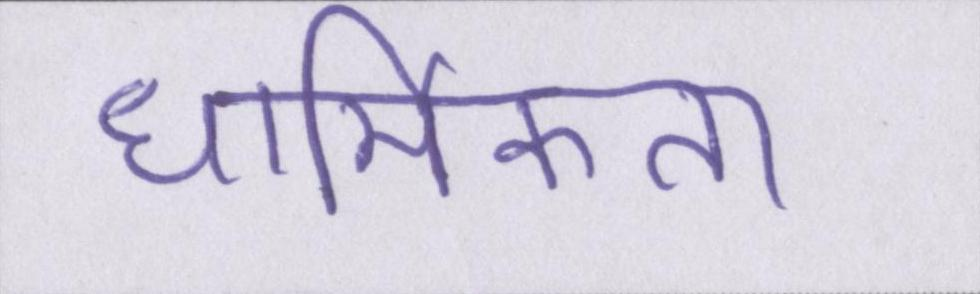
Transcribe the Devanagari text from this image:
धार्मिकता